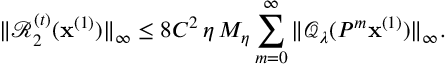
\| \mathcal { R } _ { 2 } ^ { ( t ) } ( \mathbf { x } ^ { ( 1 ) } ) \| _ { \infty } \leq 8 C ^ { 2 } \, { \eta } \, M _ { \eta } \sum _ { m = 0 } ^ { \infty } \| \mathcal { Q } _ { \lambda } ( P ^ { m } \mathbf { x } ^ { ( 1 ) } ) \| _ { \infty } .